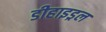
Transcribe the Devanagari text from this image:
डीहाइड्रल